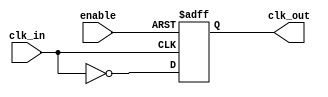
module Inverting_Clock_Buffer (
    input wire clk_in,      // Clock input signal
    input wire enable,      // Enable signal
    output reg clk_out      // Inverted clock output signal
);

// Always block to handle the inversion and enable functionality
always @ (posedge clk_in or negedge enable) begin
    if (!enable) begin
        clk_out <= 1'bz; // High impedance state when disabled
    end else begin
        clk_out <= ~clk_in; // Invert the clock signal
    end
end

endmodule